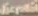
берий